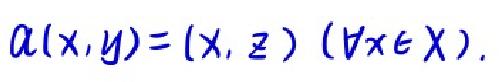
\[
a(x,y)=(x,z)\ (\forall x\in X).
\]